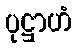
ပုဋ္ဌာဟံ